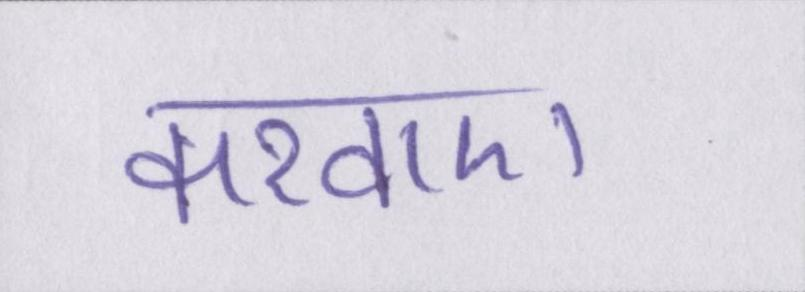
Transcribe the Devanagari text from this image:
करवाए